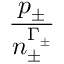
\displaystyle \frac { p _ { \pm } } { n _ { \pm } ^ { \Gamma _ { \pm } } }